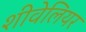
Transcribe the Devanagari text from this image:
शीवेलियर